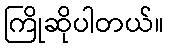
ကြိုဆိုပါတယ်။